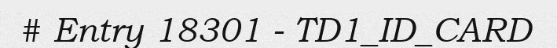
# Entry 18301 - TD1_ID_CARD